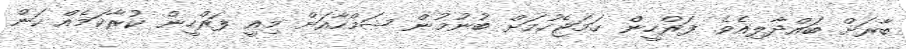
ބާރަށް ބައްދާލިއެވެ. ފަރްހީން ހަމަޖެހުމަށް ބުނުމުން ޝަމްހާއަށް މިއީ ފަރްހީން ކުރާކަމެއް ކަން